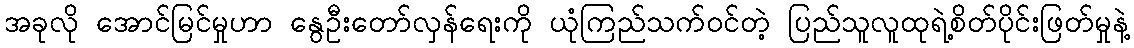
အခုလို အောင်မြင်မှုဟာ နွေဦးတော်လှန်ရေးကို ယုံကြည်သက်ဝင်တဲ့ ပြည်သူလူထုရဲ့စိတ်ပိုင်းဖြတ်မှုနဲ့